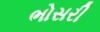
ભોસરી